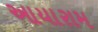
આયારામ